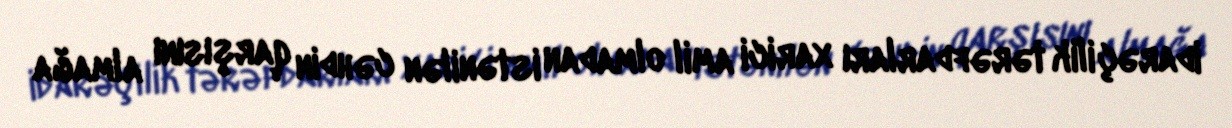
idarəçilik tərəfdarları xarici amil olmadan istənilən cəhdin qarşısını almağa